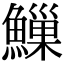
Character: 䲃